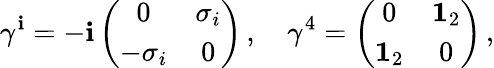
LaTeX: \gamma^{\mathbf{i}}=-\mathbf{i}\left(\begin{array}{cc}{{0}}&{{\sigma_{i}}}\\ {{-\sigma_{i}}}&{{0}}\end{array}\right)\, ,\quad\gamma^{4}=\left(\begin{array}{cc}{{0}}&{{{\mathbf 1}_{2}}}\\ {{{\mathbf 1}_{2}}}&{{0}}\end{array}\right)\, ,